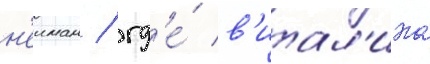
н'еиман / гд'е́ в'итал'ина